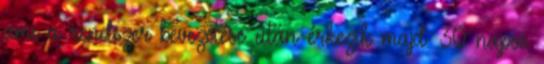
ami a rendszer bevezetése után érkezik majd. 30 napos